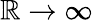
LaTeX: \mathbb{R}\to\infty